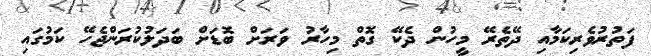
ފަތުރުވެރިކަމާއި ދޭތެރޭ މީހުން ދެކޭ ގޮތް މިހާރު ވަރަށް ބޮޑަށް ބަދަލުކުރަންޖެހޭ ކަމުގައި